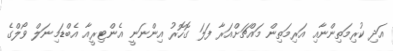
އަދި ކުރިމަތިންނާއި އަރިމަތިން މައްޗަށްއަރާ ފަލަ ގޮހޮރު އިންނަނީ އެންޓިރީއާ އެބްޑަމިނަލް ވޯލްގެ